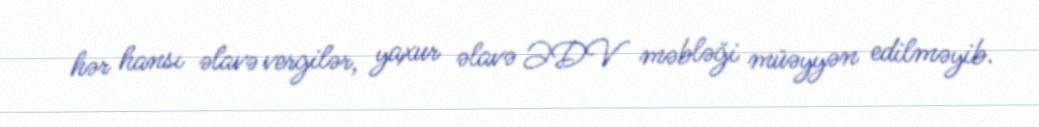
hər hansı əlavə vergilər, yaxur əlavə ƏDV məbləği müəyyən edilməyib.